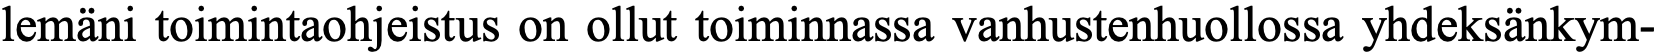
lemäni toimintaohjeistus on ollut toiminnassa vanhustenhuollossa yhdeksänkym-